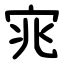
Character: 宨